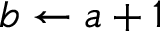
b \gets a + 1